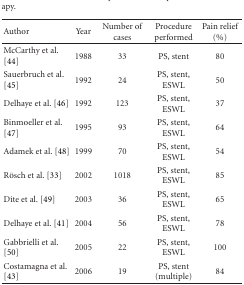
<table><thead><tr><td><b> Author</b></td><td><b>Year</b></td><td><b>Number of cases</b></td><td><b>Procedure performed</b></td><td><b>Pain relief (%)</b></td></tr></thead><tbody><tr><td>McCarthy et al. [44]</td><td>1988</td><td>33</td><td>PS, stent</td><td>80</td></tr><tr><td>Sauerbruch et al. [45]</td><td>1992</td><td>24</td><td>PS, stent, ESWL</td><td>50</td></tr><tr><td>Delhaye et al. [46]</td><td>1992</td><td>123</td><td>PS, stent, ESWL</td><td>37</td></tr><tr><td>Binmoeller et al. [47]</td><td>1995</td><td>93</td><td>PS, stent, ESWL</td><td>64</td></tr><tr><td>Adamek et al. [48]</td><td>1999</td><td>70</td><td>PS, stent, ESWL</td><td>54</td></tr><tr><td>Rösch et al. [33]</td><td>2002</td><td>1018</td><td>PS, stent, ESWL</td><td>85</td></tr><tr><td>Díte et al. [49]</td><td>2003</td><td>36</td><td>PS, stent, ESWL</td><td>65</td></tr><tr><td>Delhaye et al. [41]</td><td>2004</td><td>56</td><td>PS, stent, ESWL</td><td>78</td></tr><tr><td>Gabbrielli et al. [50]</td><td>2005</td><td>22</td><td>PS, stent, ESWL</td><td>100</td></tr><tr><td>Costamagna et al. [43]</td><td>2006</td><td>19</td><td>PS, stent (multiple)</td><td>84</td></tr></tbody></table>